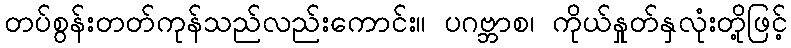
တပ်စွန်းတတ်ကုန်သည်လည်းကောင်း။ ပဂဗ္ဘာစ၊ ကိုယ်နှုတ်နှလုံးတို့ဖြင့်